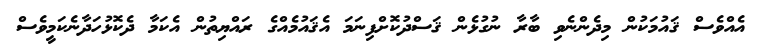
އެއްވެސް ޤައުމަކުން މިދެންނެވި ބާރާ ނުގުޅެން ޤަސްދުކޮށްފިނަމަ އެޤައުމެއްގެ ރައްޔިތުން އެކަމާ ދެކޮޅުހަދާނެކަމީވެސް